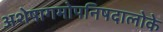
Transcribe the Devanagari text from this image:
अशेषागमोपनिषदालोके